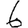
Digit: 6